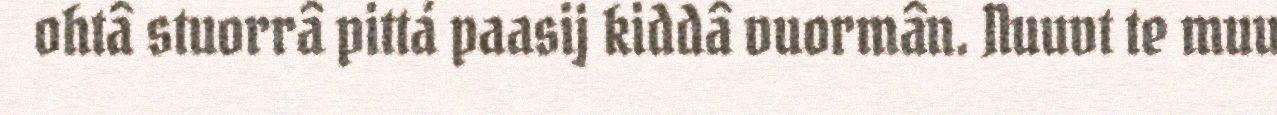
ohtâ stuorrâ pittá paasij kiddâ vuormân. Nuuvt te muu